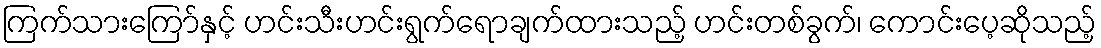
ကြက်သားကြော်နှင့် ဟင်းသီးဟင်းရွက်ရောချက်ထားသည့် ဟင်းတစ်ခွက်၊ ကောင်းပေ့ဆိုသည့်